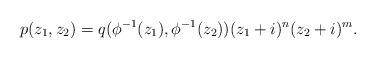
LaTeX: \begin{align*}p(z_1,z_2) = q(\phi^{-1}(z_1),\phi^{-1}(z_2)) (z_1+i)^n(z_2+i)^m.\end{align*}